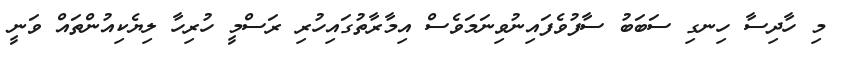
މި ހާދިސާ ހިނގި ސަބަބު ސާފުވެފައިނުވިނަމަވެސް އިމާރާތުގައިހުރި ރަސްމީ ހުރިހާ ލިޔެކިއުންތައް ވަނީ